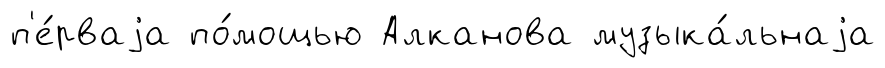
п'е́рваjа по́мощью Алканова музыка́льнаjа